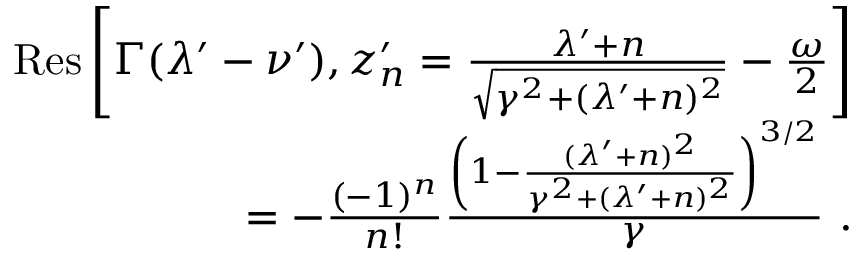
\begin{array} { r } { \mathrm { R e s } \left[ \Gamma ( \lambda ^ { \prime } - \nu ^ { \prime } ) , z _ { n } ^ { \prime } = \frac { \lambda ^ { \prime } + n } { \sqrt { \gamma ^ { 2 } + ( \lambda ^ { \prime } + n ) ^ { 2 } } } - \frac { \omega } { 2 } \right] } \\ { = - \frac { ( - 1 ) ^ { n } } { n ! } \frac { \left( 1 - \frac { ( \lambda ^ { \prime } + n ) ^ { 2 } } { \gamma ^ { 2 } + ( \lambda ^ { \prime } + n ) ^ { 2 } } \right) ^ { 3 / 2 } } { \gamma } ~ . } \end{array}